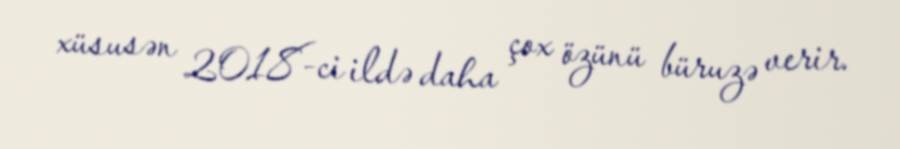
xüsusən 2018-ci ildə daha çox özünü büruzə verir.